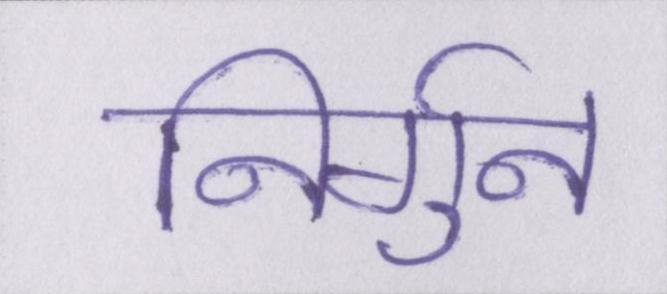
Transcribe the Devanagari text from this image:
निर्गुन